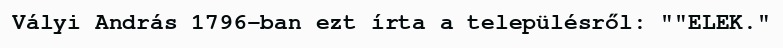
Vályi András 1796-ban ezt írta a településről: ""ELEK."